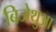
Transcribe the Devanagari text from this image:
बिजेथुआ